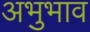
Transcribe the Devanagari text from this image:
अभुभाव